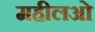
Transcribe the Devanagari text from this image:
महीलओ